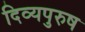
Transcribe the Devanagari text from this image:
दिव्यपुरुष